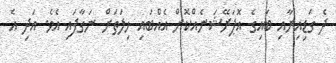
ދެ ގަޑިއިރާއި ބައިގެ އޮޕަރޭޝަނެއްކޮށް އެއްބައި ހިލަތަށް ނަގާފައި އެވެ. އަދި އެ